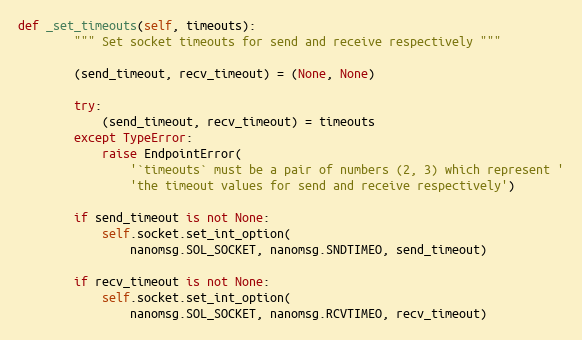
Language: Python
def _set_timeouts(self, timeouts):
        """ Set socket timeouts for send and receive respectively """

        (send_timeout, recv_timeout) = (None, None)

        try:
            (send_timeout, recv_timeout) = timeouts
        except TypeError:
            raise EndpointError(
                '`timeouts` must be a pair of numbers (2, 3) which represent '
                'the timeout values for send and receive respectively')

        if send_timeout is not None:
            self.socket.set_int_option(
                nanomsg.SOL_SOCKET, nanomsg.SNDTIMEO, send_timeout)

        if recv_timeout is not None:
            self.socket.set_int_option(
                nanomsg.SOL_SOCKET, nanomsg.RCVTIMEO, recv_timeout)